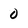
Character: 0